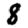
Digit: 8